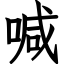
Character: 喊